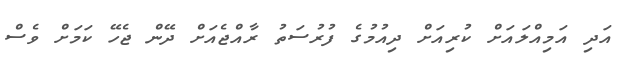
އަދި އަމިއްލައަށް ކުރިއަށް ދިއުމުގެ ފުރުސަތު ރާއްޖެއަށް ދޭން ޖެހޭ ކަމަށް ވެސް